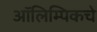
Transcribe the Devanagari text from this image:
आॅलिम्पिकचे